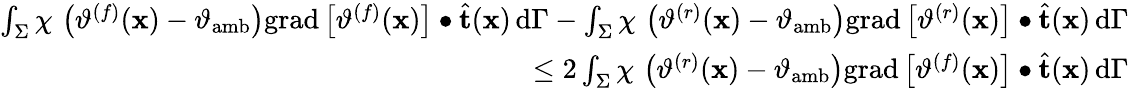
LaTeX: \begin{array}{r}{\int_{\Sigma}\chi\, \left(\vartheta^{(f)}(\mathbf{x})-\vartheta_{\mathrm{amb}}\right)\mathrm{grad}\left[\vartheta^{(f)}(\mathbf{x})\right]\bullet\widehat{\mathbf{t}}(\mathbf{x})\, \mathrm{d}\Gamma-\int_{\Sigma}\chi\, \left(\vartheta^{(r)}(\mathbf{x})-\vartheta_{\mathrm{amb}}\right)\mathrm{grad}\left[\vartheta^{(r)}(\mathbf{x})\right]\bullet\widehat{\mathbf{t}}(\mathbf{x})\, \mathrm{d}\Gamma}\\ {\qquad\leq 2\int_{\Sigma}\chi\, \left(\vartheta^{(r)}(\mathbf{x})-\vartheta_{\mathrm{amb}}\right)\mathrm{grad}\left[\vartheta^{(f)}(\mathbf{x})\right]\bullet\widehat{\mathbf{t}}(\mathbf{x})\, \mathrm{d}\Gamma}\end{array}